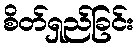
စိတ်ရှည်ခြင်း